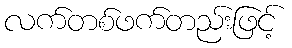
လက်တစ်ဖက်တည်းဖြင့်